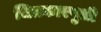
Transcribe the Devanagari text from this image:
चित्रकारपुली